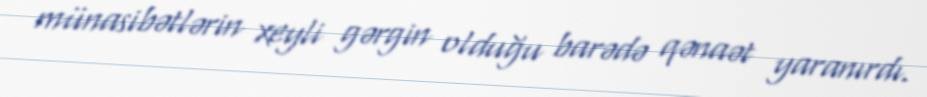
münasibətlərin xeyli gərgin olduğu barədə qənaət yaranırdı.